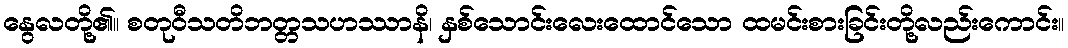
နွေလတို့၏။ စတုဝီသတိဘတ္တသဟဿာနိ၊ နှစ်သောင်းလေးထောင်သော ထမင်းစားခြင်းတို့လည်းကောင်း။